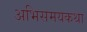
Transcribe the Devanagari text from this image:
अभिसमयकथा